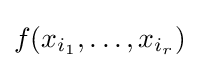
f(x_{i_{1}},\dotsc ,x_{i_{r}})